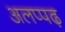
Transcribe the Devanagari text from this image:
अलप्पढ़